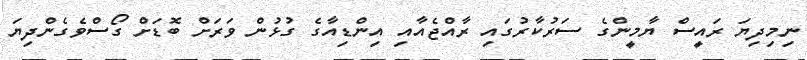
ނިމިދިޔަ ރައީސް ޔާމީންގެ ސަރުކާރުގައި ރާއްޖެއާއި އިންޑިއާގެ ގުޅުން ވަރަށް ބޮޑަށް ގޯސްވެގެންދިޔަ